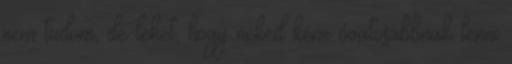
nem tudom, de lehet, hogy neked kéne óvatosabbnak lenni